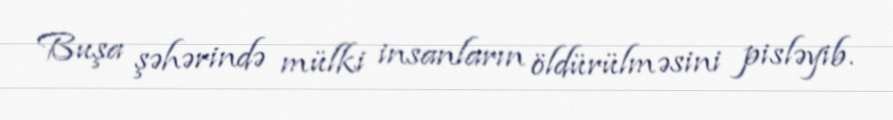
Buşa şəhərində mülki insanların öldürülməsini pisləyib.